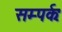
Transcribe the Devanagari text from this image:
सम्पर्कः